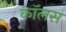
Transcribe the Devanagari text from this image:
कॉलस